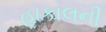
હાકાલની